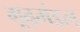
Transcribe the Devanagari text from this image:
गूढ़मंडल